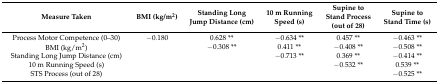
<table><thead><tr><td><b>Measure Taken</b></td><td><b>BMI (kg/m<sup>2</sup>)</b></td><td><b>Standing Long Jump Distance (cm)</b></td><td><b>10 m Running Speed (s)</b></td><td><b>Supine to Stand Process (out of 28)</b></td><td><b>Supine to Stand Time (s)</b></td></tr></thead><tbody><tr><td>Process Motor Competence (0–30)</td><td>−0.180</td><td>0.628 **</td><td>−0.634 **</td><td>0.457 **</td><td>−0.463 **</td></tr><tr><td>BMI (kg/m<sup>2</sup>)</td><td></td><td>−0.308 **</td><td>0.411 **</td><td>−0.408 **</td><td>−0.508 **</td></tr><tr><td>Standing Long Jump Distance (cm)</td><td></td><td></td><td>−0.713 **</td><td>0.369 **</td><td>−0.414 **</td></tr><tr><td>10 m Running Speed (s)</td><td></td><td></td><td></td><td>−0.532 **</td><td>0.539 **</td></tr><tr><td>STS Process (out of 28)</td><td></td><td></td><td></td><td></td><td>−0.525 **</td></tr></tbody></table>